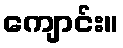
ကျောင်း။